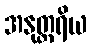
အနုတ္တရိယ